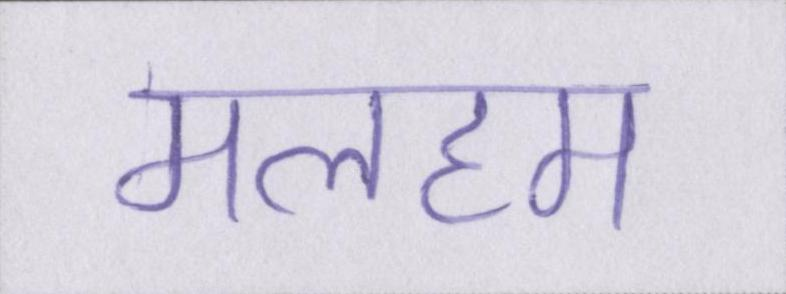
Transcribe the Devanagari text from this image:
मलहम